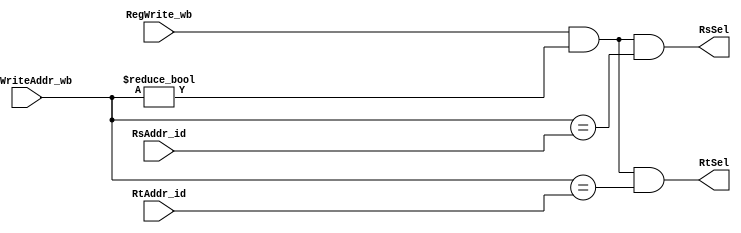
//20181217    JiangNan WU
//Forwarding Detector :  data association  Read After Write 

module ForwardDetector( 
	// Input
	RsAddr_id, RtAddr_id, RegWrite_wb,RegWriteAddr_wb,
	// Output
	RsSel,RtSel
);
	
	input [4:0]RsAddr_id;
	input [4:0]RtAddr_id;
	input RegWrite_wb;
	input [4:0]RegWriteAddr_wb;
	output RsSel;
	output RtSel;
	
	// RsSel = 0 : RsData ;     1 : RegWriteData_wb    
	assign RsSel = RegWrite_wb && (  RegWriteAddr_wb != 5'b0) && ( RegWriteAddr_wb == RsAddr_id);
	// RtSel = 0 : RtData ; 		1 : RegWriteData_wb
	assign RtSel = RegWrite_wb && (  RegWriteAddr_wb != 5'b0) && ( RegWriteAddr_wb == RtAddr_id);
	
endmodule